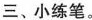
三、小练笔。